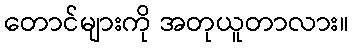
တောင်များကို အတုယူတာလား။